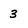
Character: 3